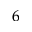
^ 6